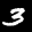
Label: 3